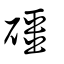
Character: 礓